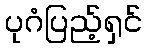
ပုဂံပြည့်ရှင်